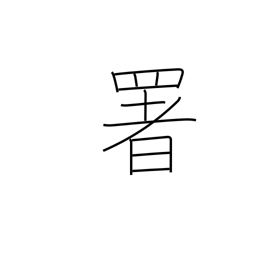
Meaning: govt office